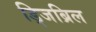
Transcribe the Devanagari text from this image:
ड्जिब्रिल